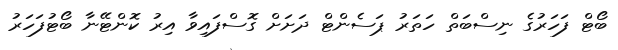
ބޯޓް ފަހަރުގެ ނިސްބަތް ހަތަރު ޕަސެންޓް ދަށަށް ގޮސްފައިވާ އިރު ކޮންޓޭނާ ބޯޓުފަހަރު